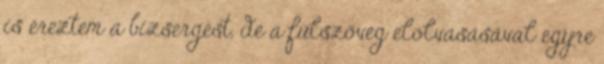
is éreztem a bizsergést, de a fülszöveg elolvasásával egyre